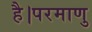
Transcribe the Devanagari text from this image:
है।परमाणु